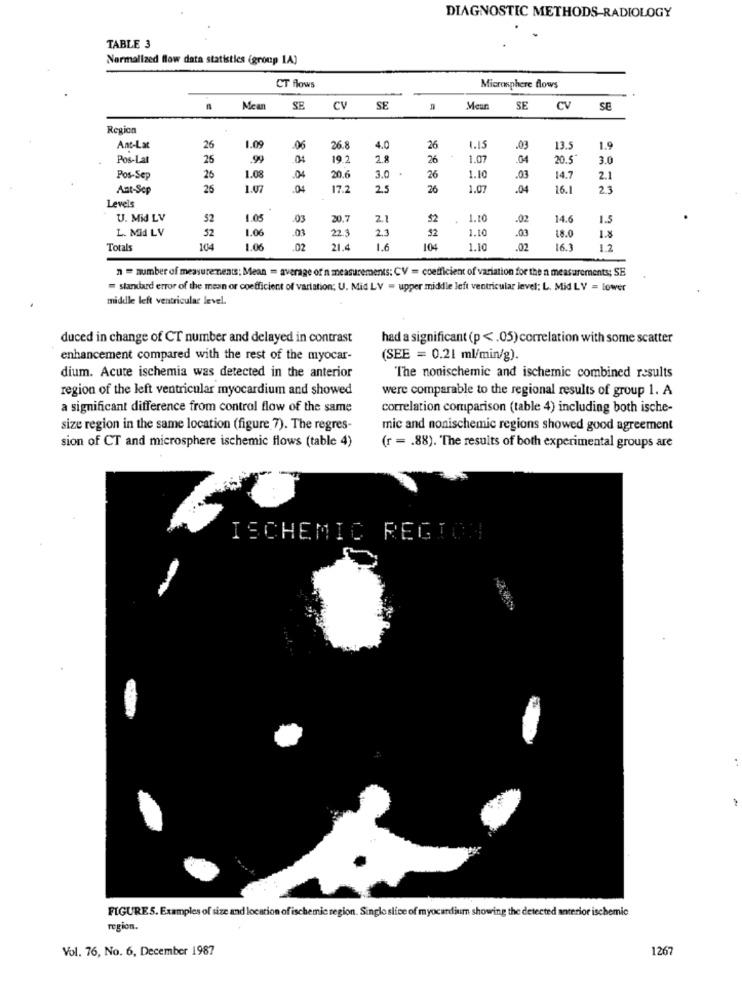
DIAGNOSTIC METHODS-RADIOLOGY
TABLE 3
Normalized flow data statistics (group 1A)
CT flows
Microsphere flows
Mean
SE
CV SE
Meur
SE
CV
SE
Region
Ant-Lat
26
1.09
.06
26.8
4.0
26
1.15
.03
13.5
1.9
Pos-Lat
25
.99
19.2
2.8
26
1.07
.04
20.5
3.0
1.08
20.6
Pos-Sep
26
.04
3.0
26
1.10
.03
14.7
2.1
Ant-Scp
26
1.07
.04
17.2
2.5
26
1.07
.04
16.1
23
Levels
U. Mid LV
52
1.05
.03
20.7
2.1
52
1.10
.02
14.6
1.5
L. MId LV
1.06
.03
22.3
2.3
1.10
.03
1.8
52
32
18.0
Totals
104
1.06
02
21 4
1.6
104
1.10
02
16.3
n = number of measure ments; Mean = average of'n measurements: CV = coefficient of variation for the n measurements; SE
= standard error of the mean or coefficient of variation; U. Mid LV = upper middle left ventricular level: L. Mid LV = lower
middle left ventricular level.
duced in change of CT number and delayed in contrast
had a significant (p < . 05) correlation with some scatter
enhancement compared with the rest of the myocar-
(SEE = 0.21 ml/min/g).
dium. Acute ischemia was detected in the anterior
The nonischemic and ischemic combined results
region of the left ventricular myocardium and showed
were comparable to the regional results of group 1. A
a significant difference from control flow of the same
correlation comparison (table 4) including both ische-
size region in the same location (figure 7). The regres-
mic and nonischemic regions showed good agreement
sion of CT and microsphere ischemic flows (table 4)
(r = . 88). The results of both experimental groups are
ISCHEMIC REGION
:
FIGURE 5. Examples of size and location of ischemic region. Singlo slice of myocardium showing the detected anterior ischemic
region.
Vol. 76, No. 6, December 1987
1267